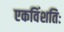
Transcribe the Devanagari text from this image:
एकविंशतिः